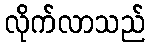
လိုက်လာသည်